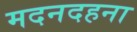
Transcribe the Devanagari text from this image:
मदनदहना